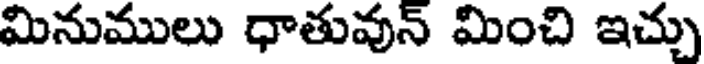
మినుములు ధాతువున్ మించి ఇచ్చు